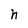
Character: h